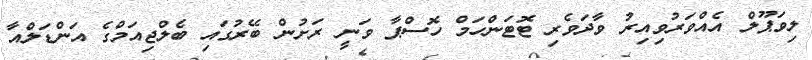
ލިވަޕޫލް އެއްވަރުވިއިރު ވާދަވެރި ޓޮޓަންހަމް ހޮސްޕާ ވަނީ ރަށުން ބޭރުގައި ބެލްޖިއަމްގެ އަންޑަލްއާ